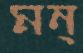
মন্